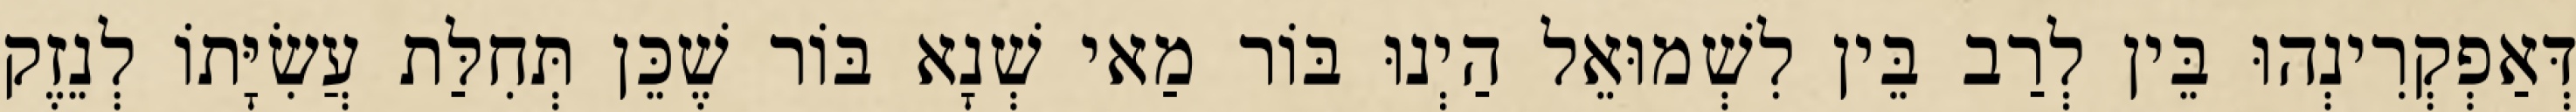
דְּאַפְקְרִינְהוּ בֵּין לְרַב בֵּין לִשְׁמוּאֵל הַיְנוּ בּוֹר מַאי שְׁנָא בּוֹר שֶׁכֵּן תְּחִלַּת עֲשִׂיָּתוֹ לְנֵזֶק